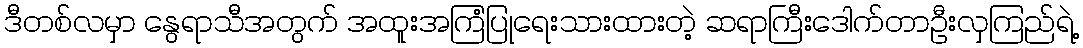
ဒီတစ်လမှာ နွေရာသီအတွက် အထူးအကြံပြုရေးသားထားတဲ့ ဆရာကြီးဒေါက်တာဦးလှကြည်ရဲ့